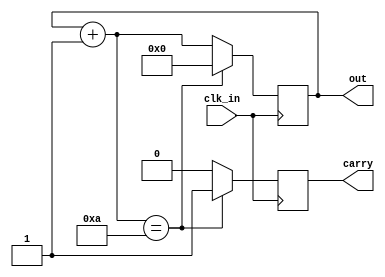
module DecadeCounter (
	input wire clk_in,
	output wire[3:0] out,
	output reg carry
);
	always @(posedge clk_in) begin
		carry = 0;
		out = out + 1;

		if (out == 10) begin
			out = 0;
			carry = 1;
		end
	end
endmodule